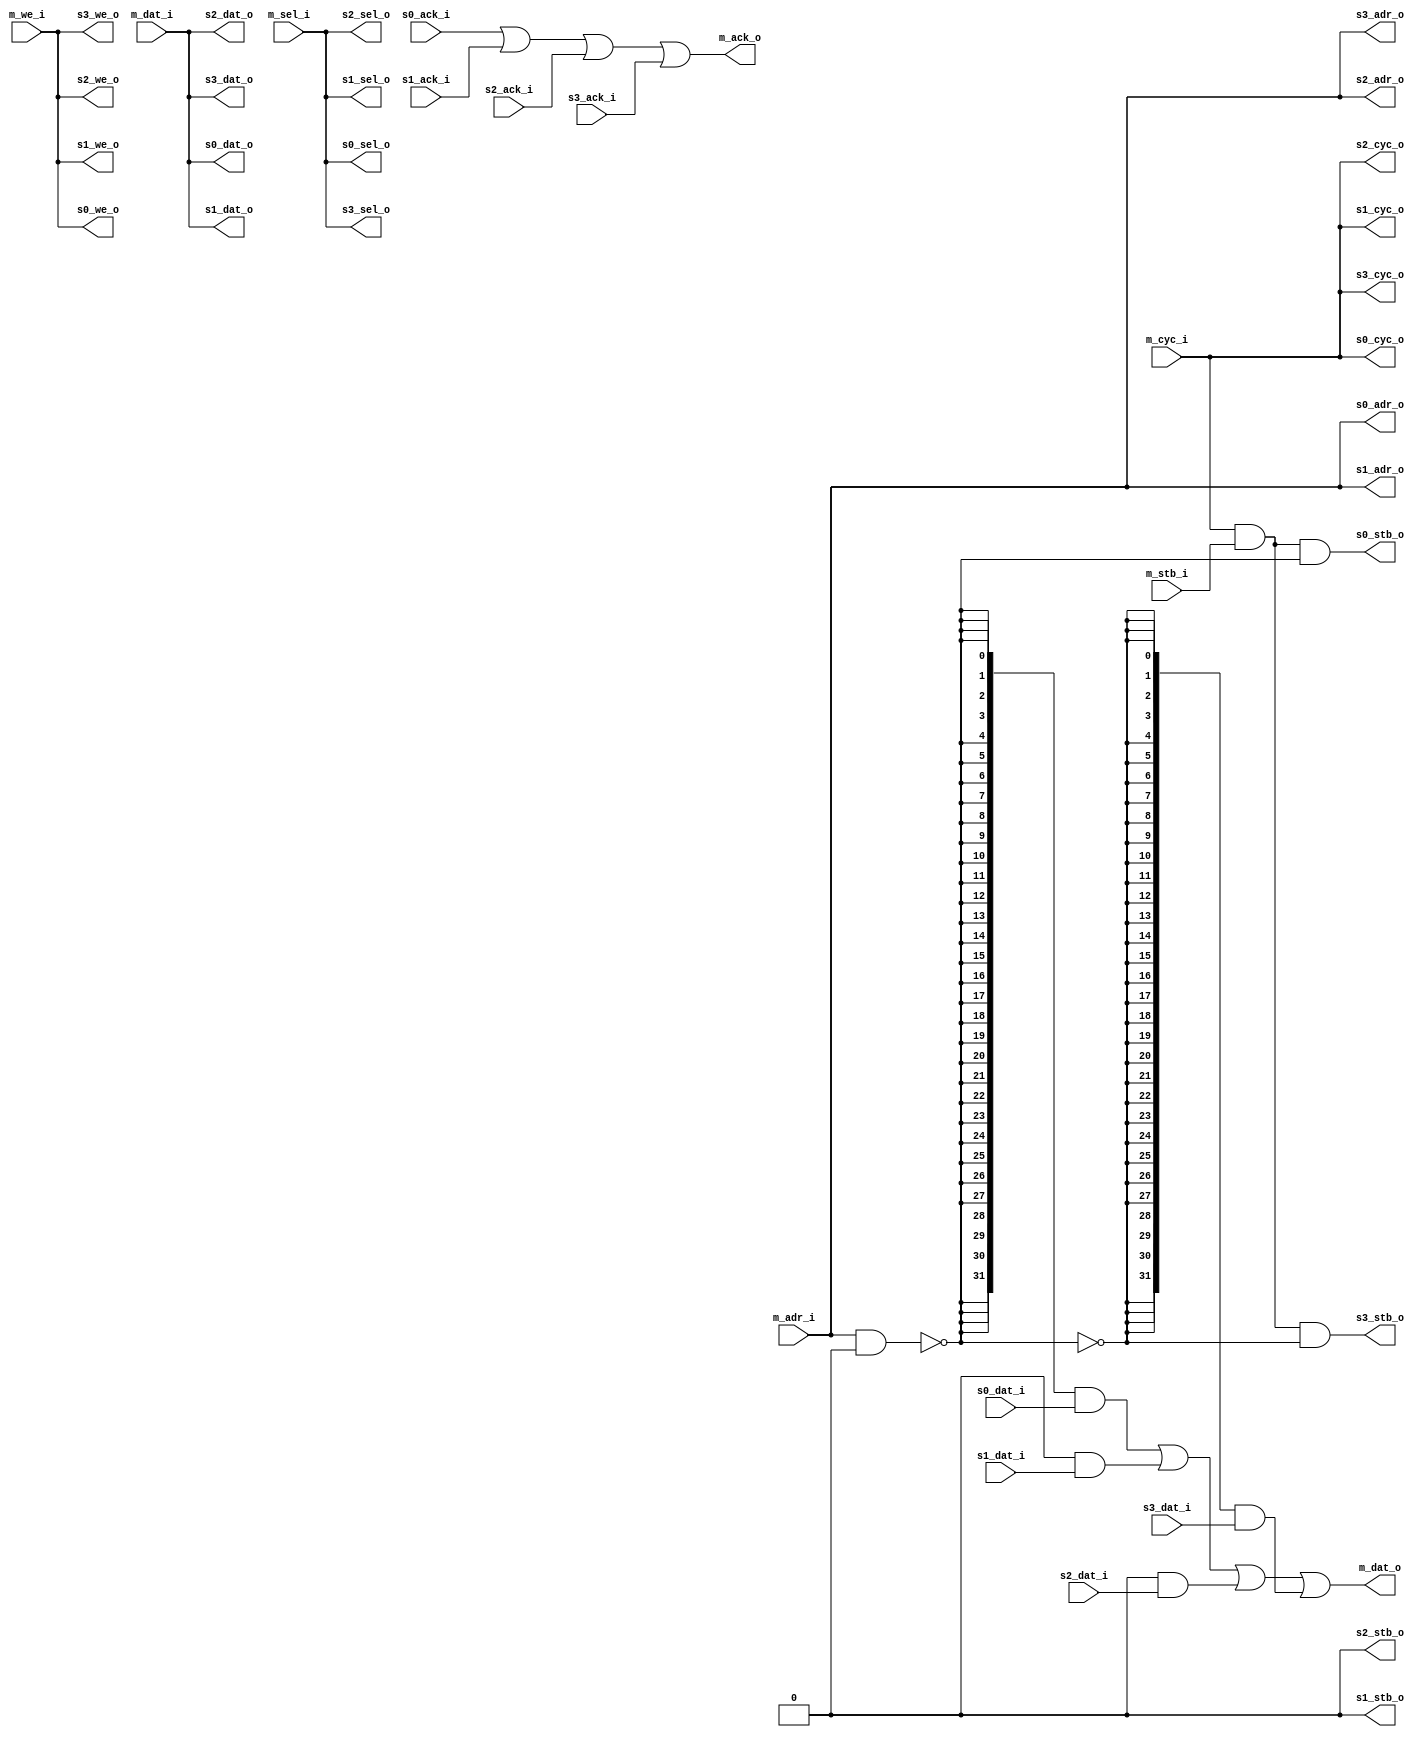
module wb_switch #(
    parameter s0_addr_1 = 32'h00000000,
    parameter s0_mask_1 = 32'h00000000,
    parameter s0_addr_2 = 32'h00000000,
    parameter s0_mask_2 = 32'h00000000,
    parameter s1_addr_1 = 32'h00000000,
    parameter s1_mask_1 = 32'h00000000,
    parameter s2_addr_1 = 32'h00000000,
    parameter s2_mask_1 = 32'h00000000

  )(
    // Master interface
    input  [31:0] m_dat_i,
    output [31:0] m_dat_o,
    input  [31:0] m_adr_i,
    input  [ 3:0] m_sel_i,
    input         m_we_i,
    input         m_cyc_i,
    input         m_stb_i,
    output        m_ack_o,

    // Slave 0 interface
    input  [31:0] s0_dat_i,
    output [31:0] s0_dat_o,
    output [31:0] s0_adr_o,
    output [ 3:0] s0_sel_o,
    output        s0_we_o,
    output        s0_cyc_o,
    output        s0_stb_o,
    input         s0_ack_i,

    // Slave 1 interface
    input  [31:0] s1_dat_i,
    output [31:0] s1_dat_o,
    output [31:0] s1_adr_o,
    output [ 3:0] s1_sel_o,
    output        s1_we_o,
    output        s1_cyc_o,
    output        s1_stb_o,
    input         s1_ack_i,

    // Slave 2 interface
    input  [31:0] s2_dat_i,
    output [31:0] s2_dat_o,
    output [31:0] s2_adr_o,
    output [ 3:0] s2_sel_o,
    output        s2_we_o,
    output        s2_cyc_o,
    output        s2_stb_o,
    input         s2_ack_i,

    // Slave 3 interface - the default
    input  [31:0] s3_dat_i,
    output [31:0] s3_dat_o,
    output [31:0] s3_adr_o,
    output [ 3:0] s3_sel_o,
    output        s3_we_o,
    output        s3_cyc_o,
    output        s3_stb_o,
    input         s3_ack_i
    
  );

`define mbusw_ls  32 + 4 + 32 + 1 + 1 + 1  // address + byte select + data + cyc + we + stb

wire [3:0] slave_sel;
wire [31:0] i_dat_s;   // internal shared bus, slave data to master
wire        i_bus_ack; // internal shared bus, ack signal

wire [`mbusw_ls -1:0] i_bus_m;    // internal shared bus, master data and control to slave

assign m_dat_o = i_dat_s;
assign m_ack_o = i_bus_ack;

// Bus Acknowlegement
assign i_bus_ack =   s0_ack_i | s1_ack_i | s2_ack_i | s3_ack_i;

assign i_dat_s =   ({32{slave_sel[ 0]}} & s0_dat_i)
          |({32{slave_sel[ 1]}} & s1_dat_i)
          |({32{slave_sel[ 2]}} & s2_dat_i)
          |({32{slave_sel[ 3]}} & s3_dat_i)
        ;

// Bus Selection logic
assign slave_sel[0] =  ((m_adr_i & s0_mask_1) == s0_addr_1) | ((m_adr_i & s0_mask_2) == s0_addr_2);
assign slave_sel[1] = ~(|slave_sel[0]) & ((m_adr_i & s1_mask_1) == s1_addr_1);
assign slave_sel[2] = ~(|slave_sel[1:0]) & ((m_adr_i & s2_mask_1) == s2_addr_1);
assign slave_sel[3] = ~(|slave_sel[2:0]);

assign i_bus_m = {m_adr_i, m_sel_i, m_dat_i, m_we_i, m_cyc_i, m_stb_i};

assign {s0_adr_o, s0_sel_o, s0_dat_o, s0_we_o, s0_cyc_o}  = i_bus_m[`mbusw_ls -1:1];  // slave 0
assign  s0_stb_o = i_bus_m[1] & i_bus_m[0] & slave_sel[0];

assign {s1_adr_o, s1_sel_o, s1_dat_o, s1_we_o, s1_cyc_o} = i_bus_m[`mbusw_ls -1:1];    // slave 1
assign  s1_stb_o = i_bus_m[1] & i_bus_m[0] & slave_sel[1];

assign {s2_adr_o, s2_sel_o, s2_dat_o, s2_we_o, s2_cyc_o} = i_bus_m[`mbusw_ls -1:1];    // slave 2
assign  s2_stb_o = i_bus_m[1] & i_bus_m[0] & slave_sel[2];

assign {s3_adr_o, s3_sel_o, s3_dat_o, s3_we_o, s3_cyc_o} = i_bus_m[`mbusw_ls -1:1];    // slave 3
assign  s3_stb_o = i_bus_m[1] & i_bus_m[0] & slave_sel[3];

endmodule